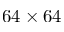
6 4 \times 6 4